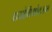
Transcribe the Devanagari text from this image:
थयोमिथोक्‍जाम